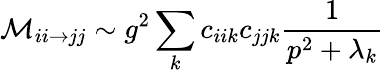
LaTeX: {\cal M}_{ii\rightarrow jj}\sim g^{2}\sum_{k}c_{iik}c_{jjk}\frac{1}{p^{2}+\lambda_{k}}